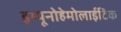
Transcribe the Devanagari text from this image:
इम्यूनोहेमोलाईटिक